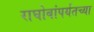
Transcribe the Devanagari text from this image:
राघोबांपर्यंतच्या